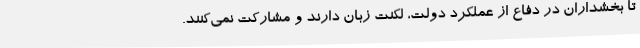
تا بخشداران در دفاع از عملکرد دولت، لکنت زبان دارند و مشارکت نمی‌کنند.